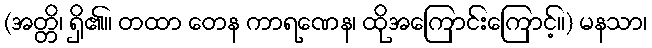
(အတ္တိ၊ ရှိ၏။ တထာ တေန ကာရဏေန၊ ထိုအကြောင်းကြောင့်။) မနသာ၊